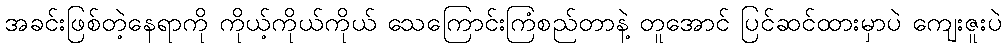
အခင်းဖြစ်တဲ့နေရာကို ကိုယ့်ကိုယ်ကိုယ် သေကြောင်းကြံစည်တာနဲ့ တူအောင် ပြင်ဆင်ထားမှာပဲ ကျေးဇူးပဲ